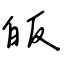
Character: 皈